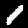
Label: 1